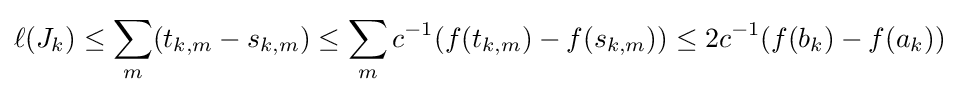
\ell (J_{k})\leq \sum _{m}(t_{k,m}-s_{k,m})\leq \sum _{m}c^{-1}(f(t_{k,m})-f(s_{k,m}))\leq 2c^{-1}(f(b_{k})-f(a_{k}))